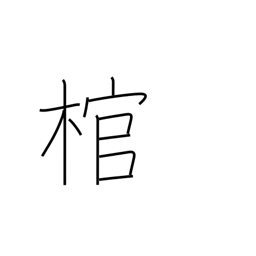
Meaning: coffin